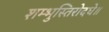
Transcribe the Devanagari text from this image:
शम्भुस्तिरोदधे॥